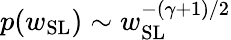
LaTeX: p(w_{\mathrm{SL}})\sim w_{\mathrm{SL}}^{-(\gamma+1)/2}